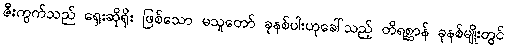
ဇီးကွက်သည် ရှေးဆိုရိုး ဖြစ်သော မသူတော် ခုနစ်ပါးဟုခေါ်သည့် တိရစ္ဆာန် ခုနစ်မျိုးတွင်